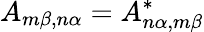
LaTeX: A_{m\beta,n\alpha}=A_{n\alpha,m\beta}^{*}